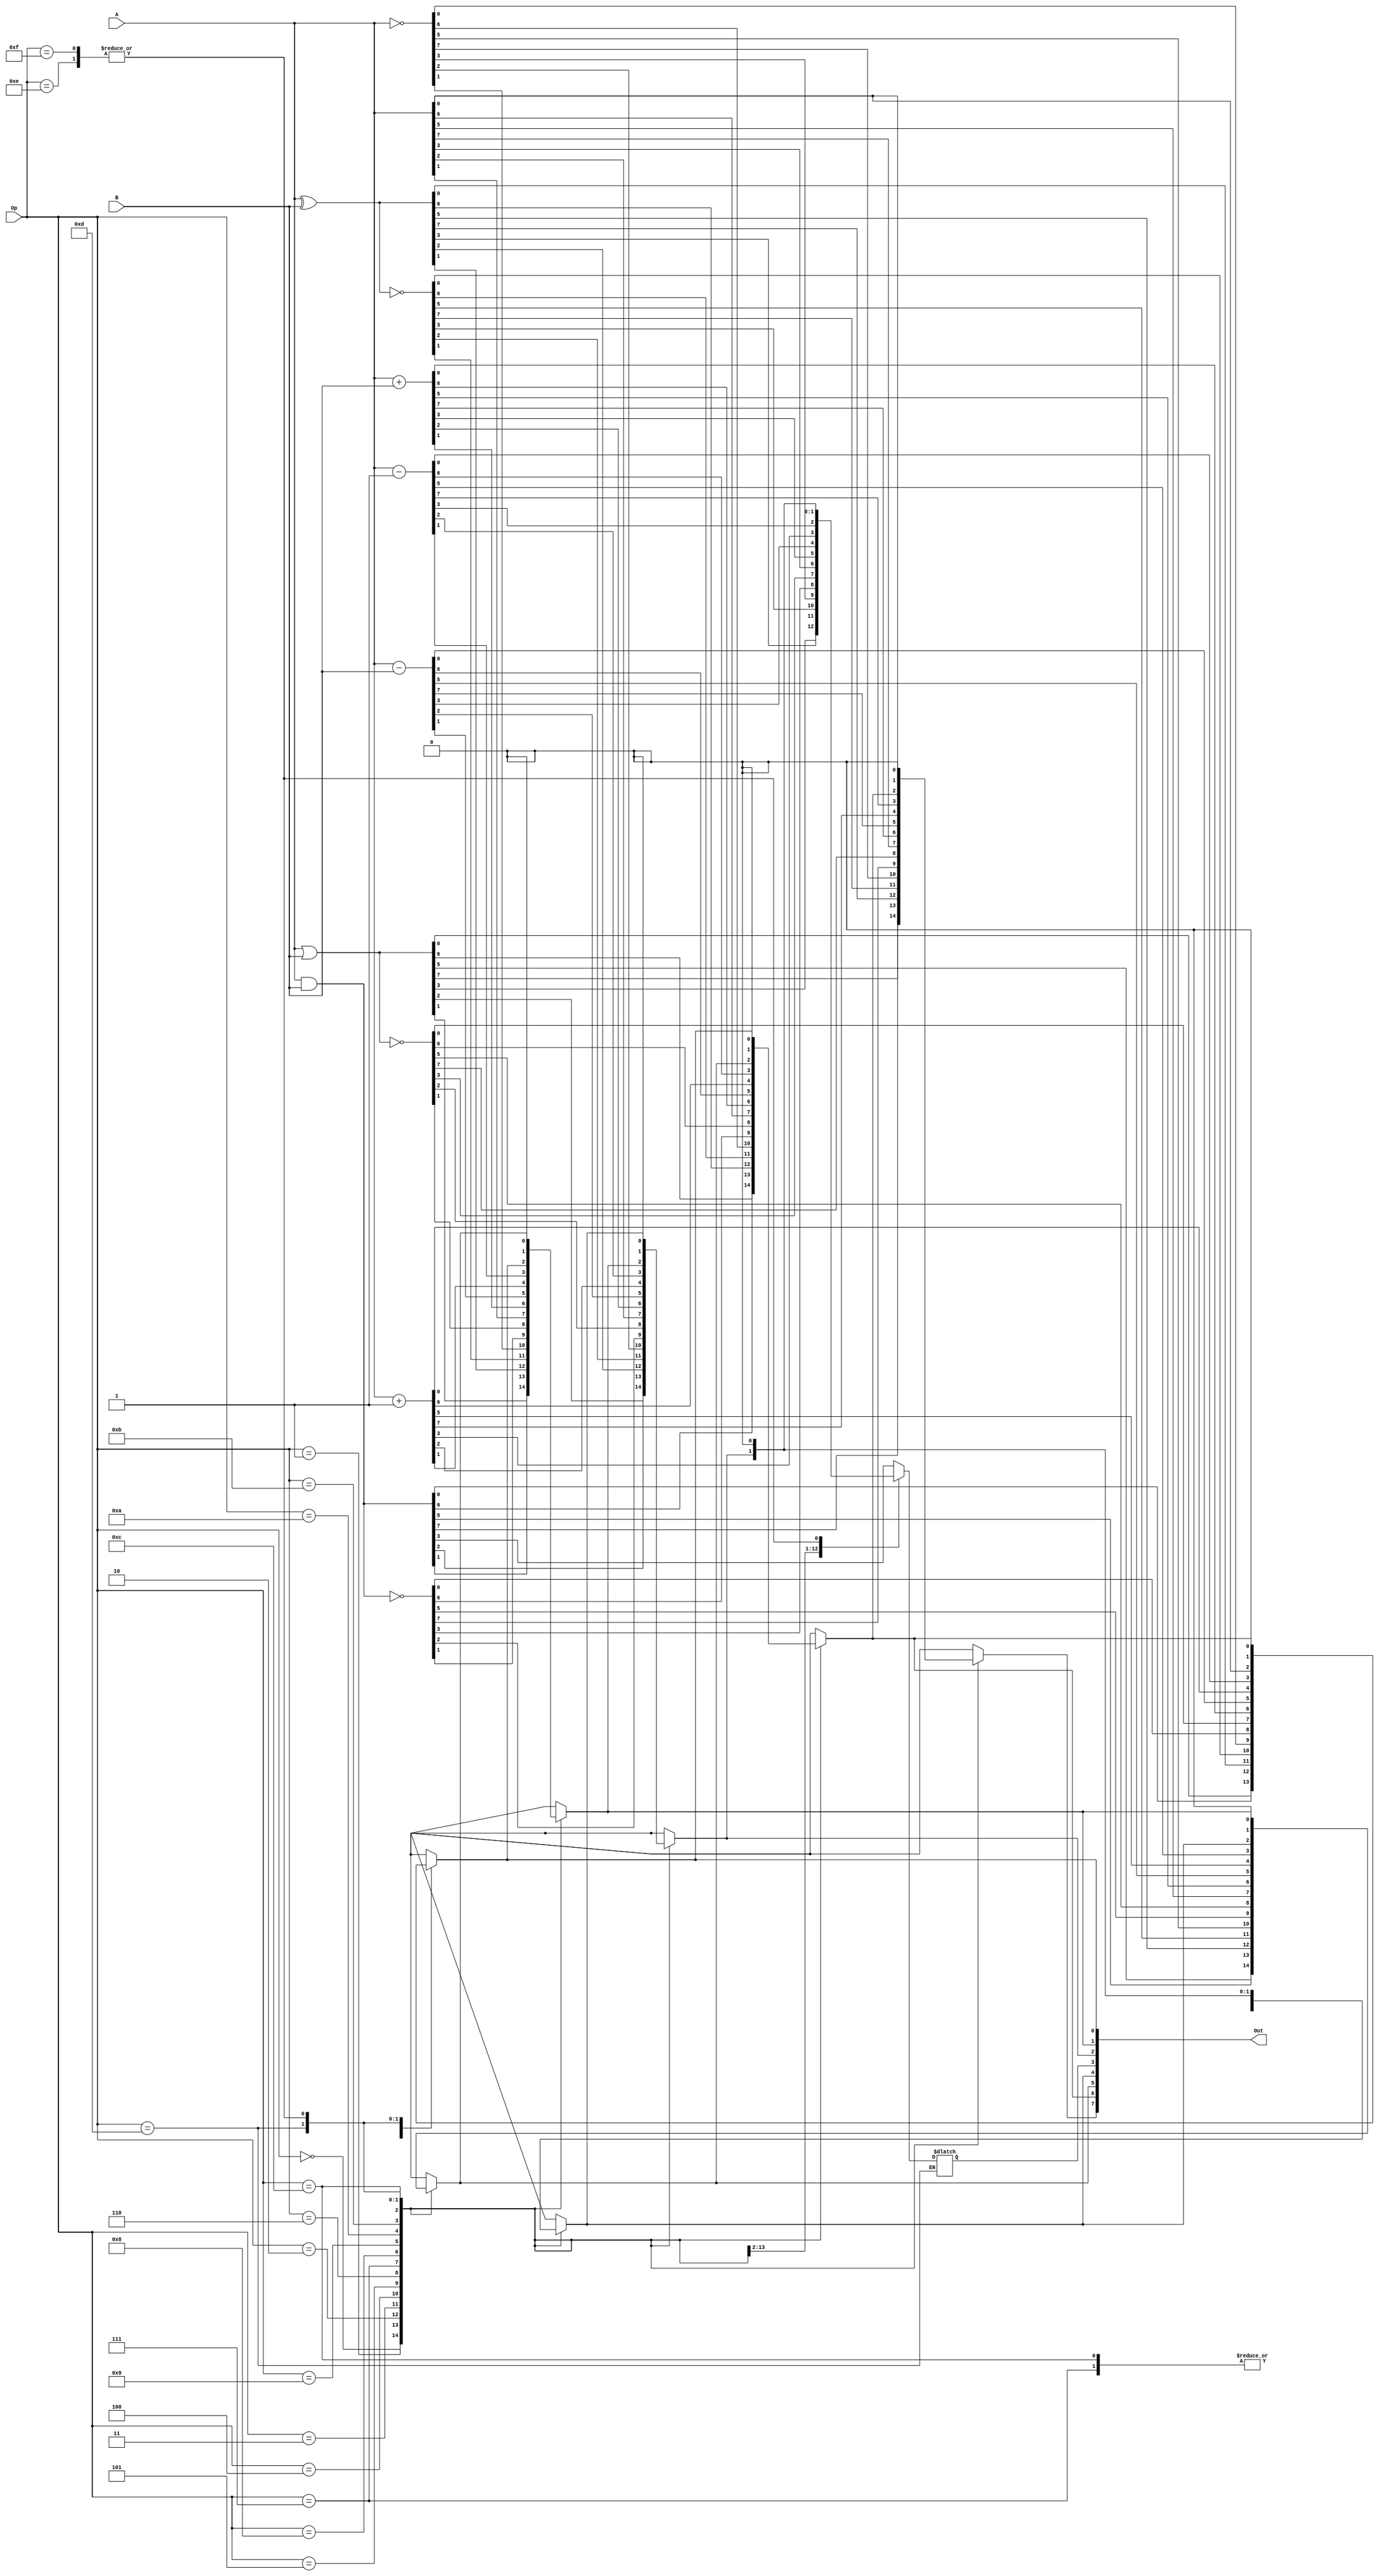
module alu (A,B,Op,Out);
input [7:0]A,B;
input [3:0]Op;
output reg [7:0]Out;
always @ (*)
begin
case(Op)
4'b0000 : Out =A&B;
4'b0001 : Out =A|B;
4'b0010 : Out =A^B;
4'b0011 : Out =~(A^B);
4'b0100 : Out =~A;
4'b0101 : Out =~(A&B);
4'b0110 : Out =~(A|B);
4'b0111 : Out =A;
4'b1000 : Out =A+B;
4'b1001 : Out =A-B;
4'b1010 : Out =A+1;
4'b1011 : Out =A-1;
4'b1100 :
begin
Out[0]<=A;
Out[1]<=Out[0];
Out[2]<=Out[1];
Out[3]<=Out[2];
Out[4]<=Out[3];
Out[5]<=Out[4];
Out[6]<=Out[5];
Out[7]<=Out[6];
end
4'b1101 : 
begin
Out[7]<=A;
Out[6]<=Out[0];
Out[5]<=Out[1];
Out[4]<=Out[2];
Out[3]<=Out[3];
Out[2]<=Out[4];
Out[1]<=Out[5];
Out[0]<=Out[6];
end
4'b1110 : Out =0;
4'b1111 : Out =0;
default : Out =0;
endcase
end
endmodule